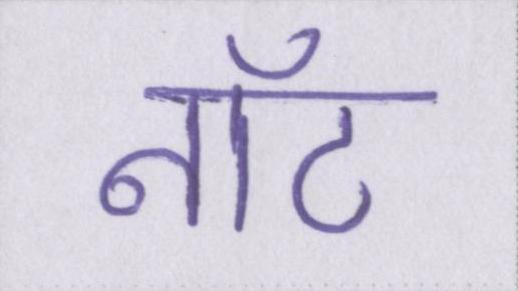
नॉट